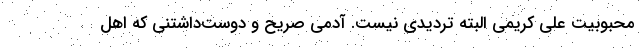
محبوبیت علی کریمی البته تردیدی نیست. آدمی صریح و دوست‌داشتنی که اهل